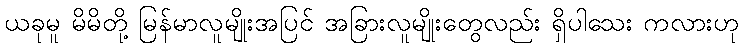
ယခုမူ မိမိတို့ မြန်မာလူမျိုးအပြင် အခြားလူမျိုးတွေလည်း ရှိပါသေး ကလားဟု